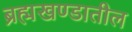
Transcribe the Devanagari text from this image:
ब्रह्मखण्डातील